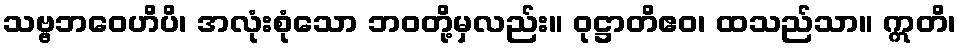
သဗ္ဗဘဝေဟိပိ၊ အလုံးစုံသော ဘဝတို့မှလည်း။ ဝုဋ္ဌာတိဧဝ၊ ထသည်သာ။ ဣတိ၊